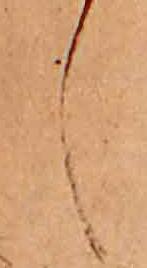
し